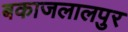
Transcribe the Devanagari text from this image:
बकाजलालपुर